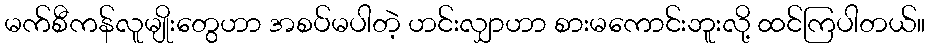
မက်စီကန်လူမျိုးတွေဟာ အစပ်မပါတဲ့ ဟင်းလျှာဟာ စားမကောင်းဘူးလို့ ထင်ကြပါတယ်။